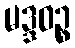
မဒ္ဒဝဉ္စ